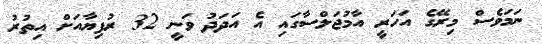
ނަމަވެސް މިރޭގެ އަހަރީ އާމުޖަލްސާގައި އެ އަދަދު ވަނީ 32 ރުފިޔާއަށް އިތުރު